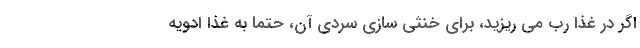
اگر در غذا رب می ریزید، برای خنثی سازی سردی آن، حتما به غذا ادویه